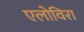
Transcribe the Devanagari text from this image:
एलोविरा